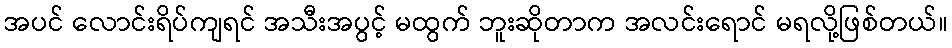
အပင် လောင်းရိပ်ကျရင် အသီးအပွင့် မထွက် ဘူးဆိုတာက အလင်းရောင် မရလို့ဖြစ်တယ်။